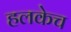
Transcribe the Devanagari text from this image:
हलकेच